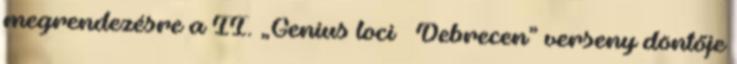
megrendezésre a II. „Genius loci – Debrecen” verseny döntője